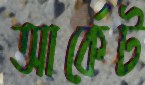
আর্কেট